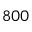
8 0 0